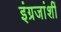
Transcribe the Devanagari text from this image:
इंग्रजांशीं